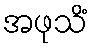
အဖုသိံ